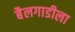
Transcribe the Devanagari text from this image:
बैलगाडीला